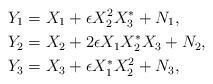
LaTeX: \begin{align*}Y_1 &=X_1+ \epsilon X_2^2 X_3^* +N_1, \\Y_2 &= X_2+ 2 \epsilon X_1 X_2^* X_3+N_2, \\Y_3 &= X_3+ \epsilon X_1^* X_2^2+N_3, \end{align*}